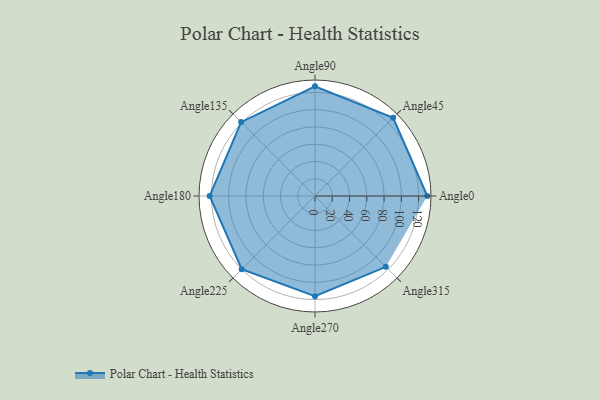
{"axis": {"x": "Angle", "y": "Radius"}, "legend": [""], "data": [{"x": "Angle0", "y": 130.0, "type": ""}, {"x": "Angle45", "y": 128.0, "type": ""}, {"x": "Angle90", "y": 127.0, "type": ""}, {"x": "Angle135", "y": 121.0, "type": ""}, {"x": "Angle180", "y": 122.0, "type": ""}, {"x": "Angle225", "y": 120.0, "type": ""}, {"x": "Angle270", "y": 116.0, "type": ""}, {"x": "Angle315", "y": 116.0, "type": ""}]}